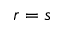
r = s